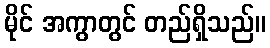
မိုင် အကွာတွင် တည်ရှိသည်။